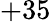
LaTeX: +35